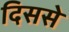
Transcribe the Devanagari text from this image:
दिससे